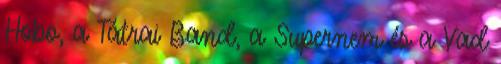
Hobo, a Tátrai Band, a Supernem és a Vad